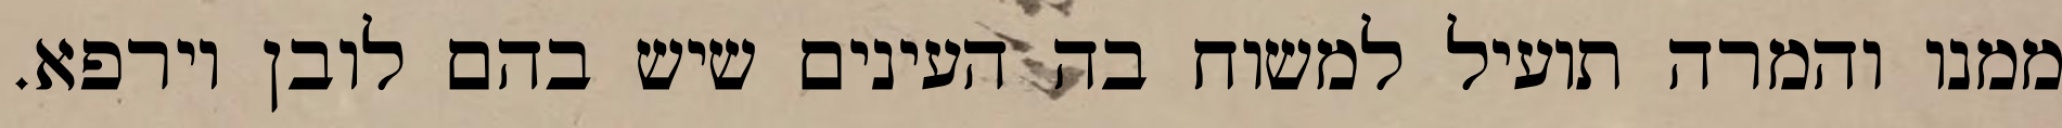
ממנו והמרה תועיל למשוח בה העינים שיש בהם לובן וירפא.